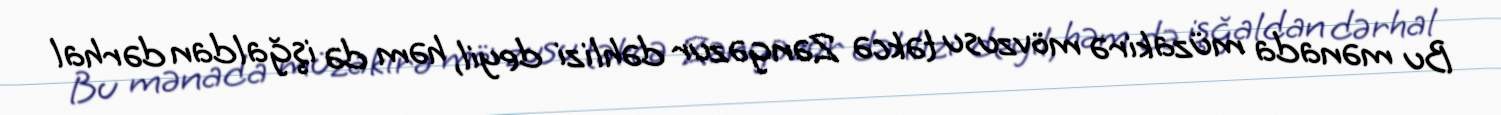
Bu mənada müzakirə mövzusu təkcə Zəngəzur dəhlizi deyil, həm də işğaldan dərhal